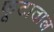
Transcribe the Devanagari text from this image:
फूटाताल